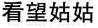
看望姑姑